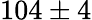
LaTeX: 104\pm 4